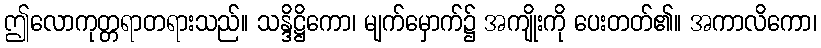
ဤလောကုတ္တရာတရားသည်။ သန္ဒိဋ္ဌိကော၊ မျက်မှောက်၌ အကျိုးကို ပေးတတ်၏။ အကာလိကော၊